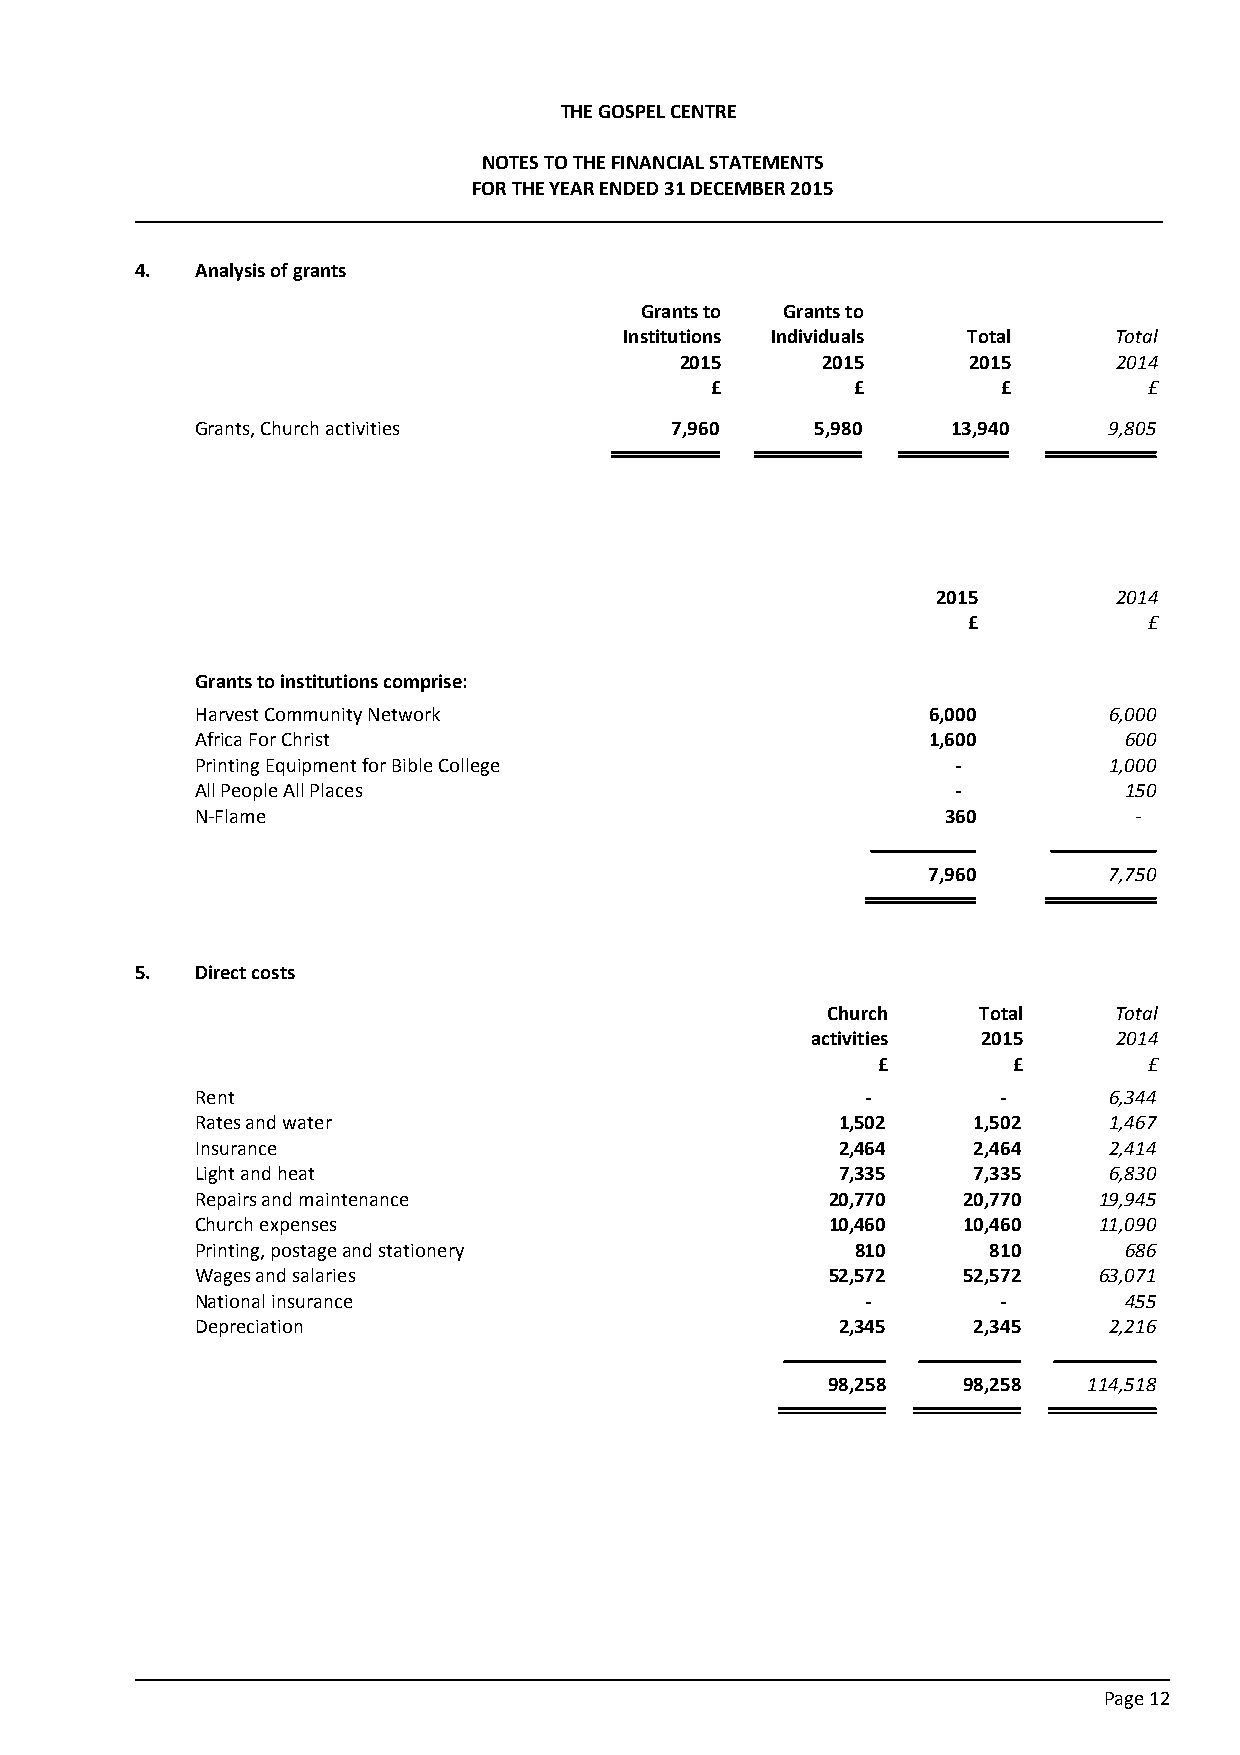
THE GOSPEL CENTRE
 NOTES TO THE FINANCIAL STATEMENTS
 FOR THE YEAR ENDED 31 DECEMBER 2015
 4.  Analysis of grants
 Grants to Grants to
 Institutions Individuals Total   Total
 2015     2015      2015      2014
 £         £        £         £
 Grants, Church activities       7,960    5,980    13,940    9,805
 2015        2014
 £           £
 Grants to institutions comprise:
 Harvest Community Network                       6,000       6,000
 Africa For Christ                               1,600        600
 Printing Equipment for Bible College              -         1,000
 All People All Places                             -          150
 N-Flame                                           360         -
 7,960       7,750
 5.  Direct costs
 Church    Total    Total
 activities 2015     2014
 £        £        £
 Rent                                        -        -      6,344
 Rates and water                            1,502   1,502    1,467
 Insurance                                  2,464   2,464    2,414
 Light and heat                             7,335   7,335    6,830
 Repairs and maintenance                   20,770   20,770   19,945
 Church expenses                           10,460   10,460   11,090
 Printing, postage and stationery            810      810     686
 Wages and salaries                        52,572   52,572   63,071
 National insurance                          -        -       455
 Depreciation                               2,345   2,345    2,216
 98,258   98,258  114,518
 Page 12